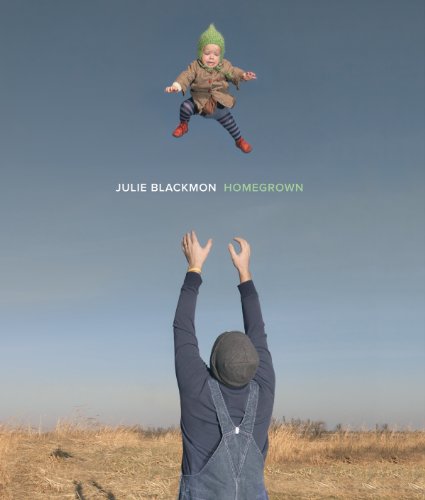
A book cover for Julie Blackmon: Homegrown; Arts & Photography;